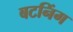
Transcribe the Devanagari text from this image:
बटनिंग